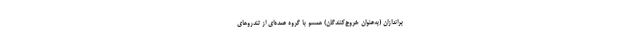
براندازان (به‌عنوان خروج‌کنندگان) همسو با گروه عمده‌ای از تندروهای